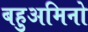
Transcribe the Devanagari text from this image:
बहुअमिनो